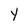
Character: Y